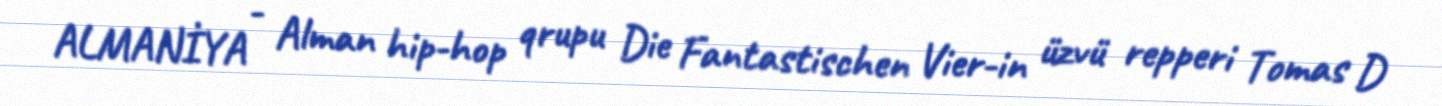
ALMANİYA - Alman hip-hop qrupu Die Fantastischen Vier-in üzvü repperi Tomas D